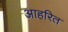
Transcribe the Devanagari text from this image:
आहरित